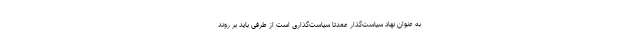
به عنوان نهاد سیاست‌گذار عمدتا سیاست‌گذاری است از طرفی باید بر روند